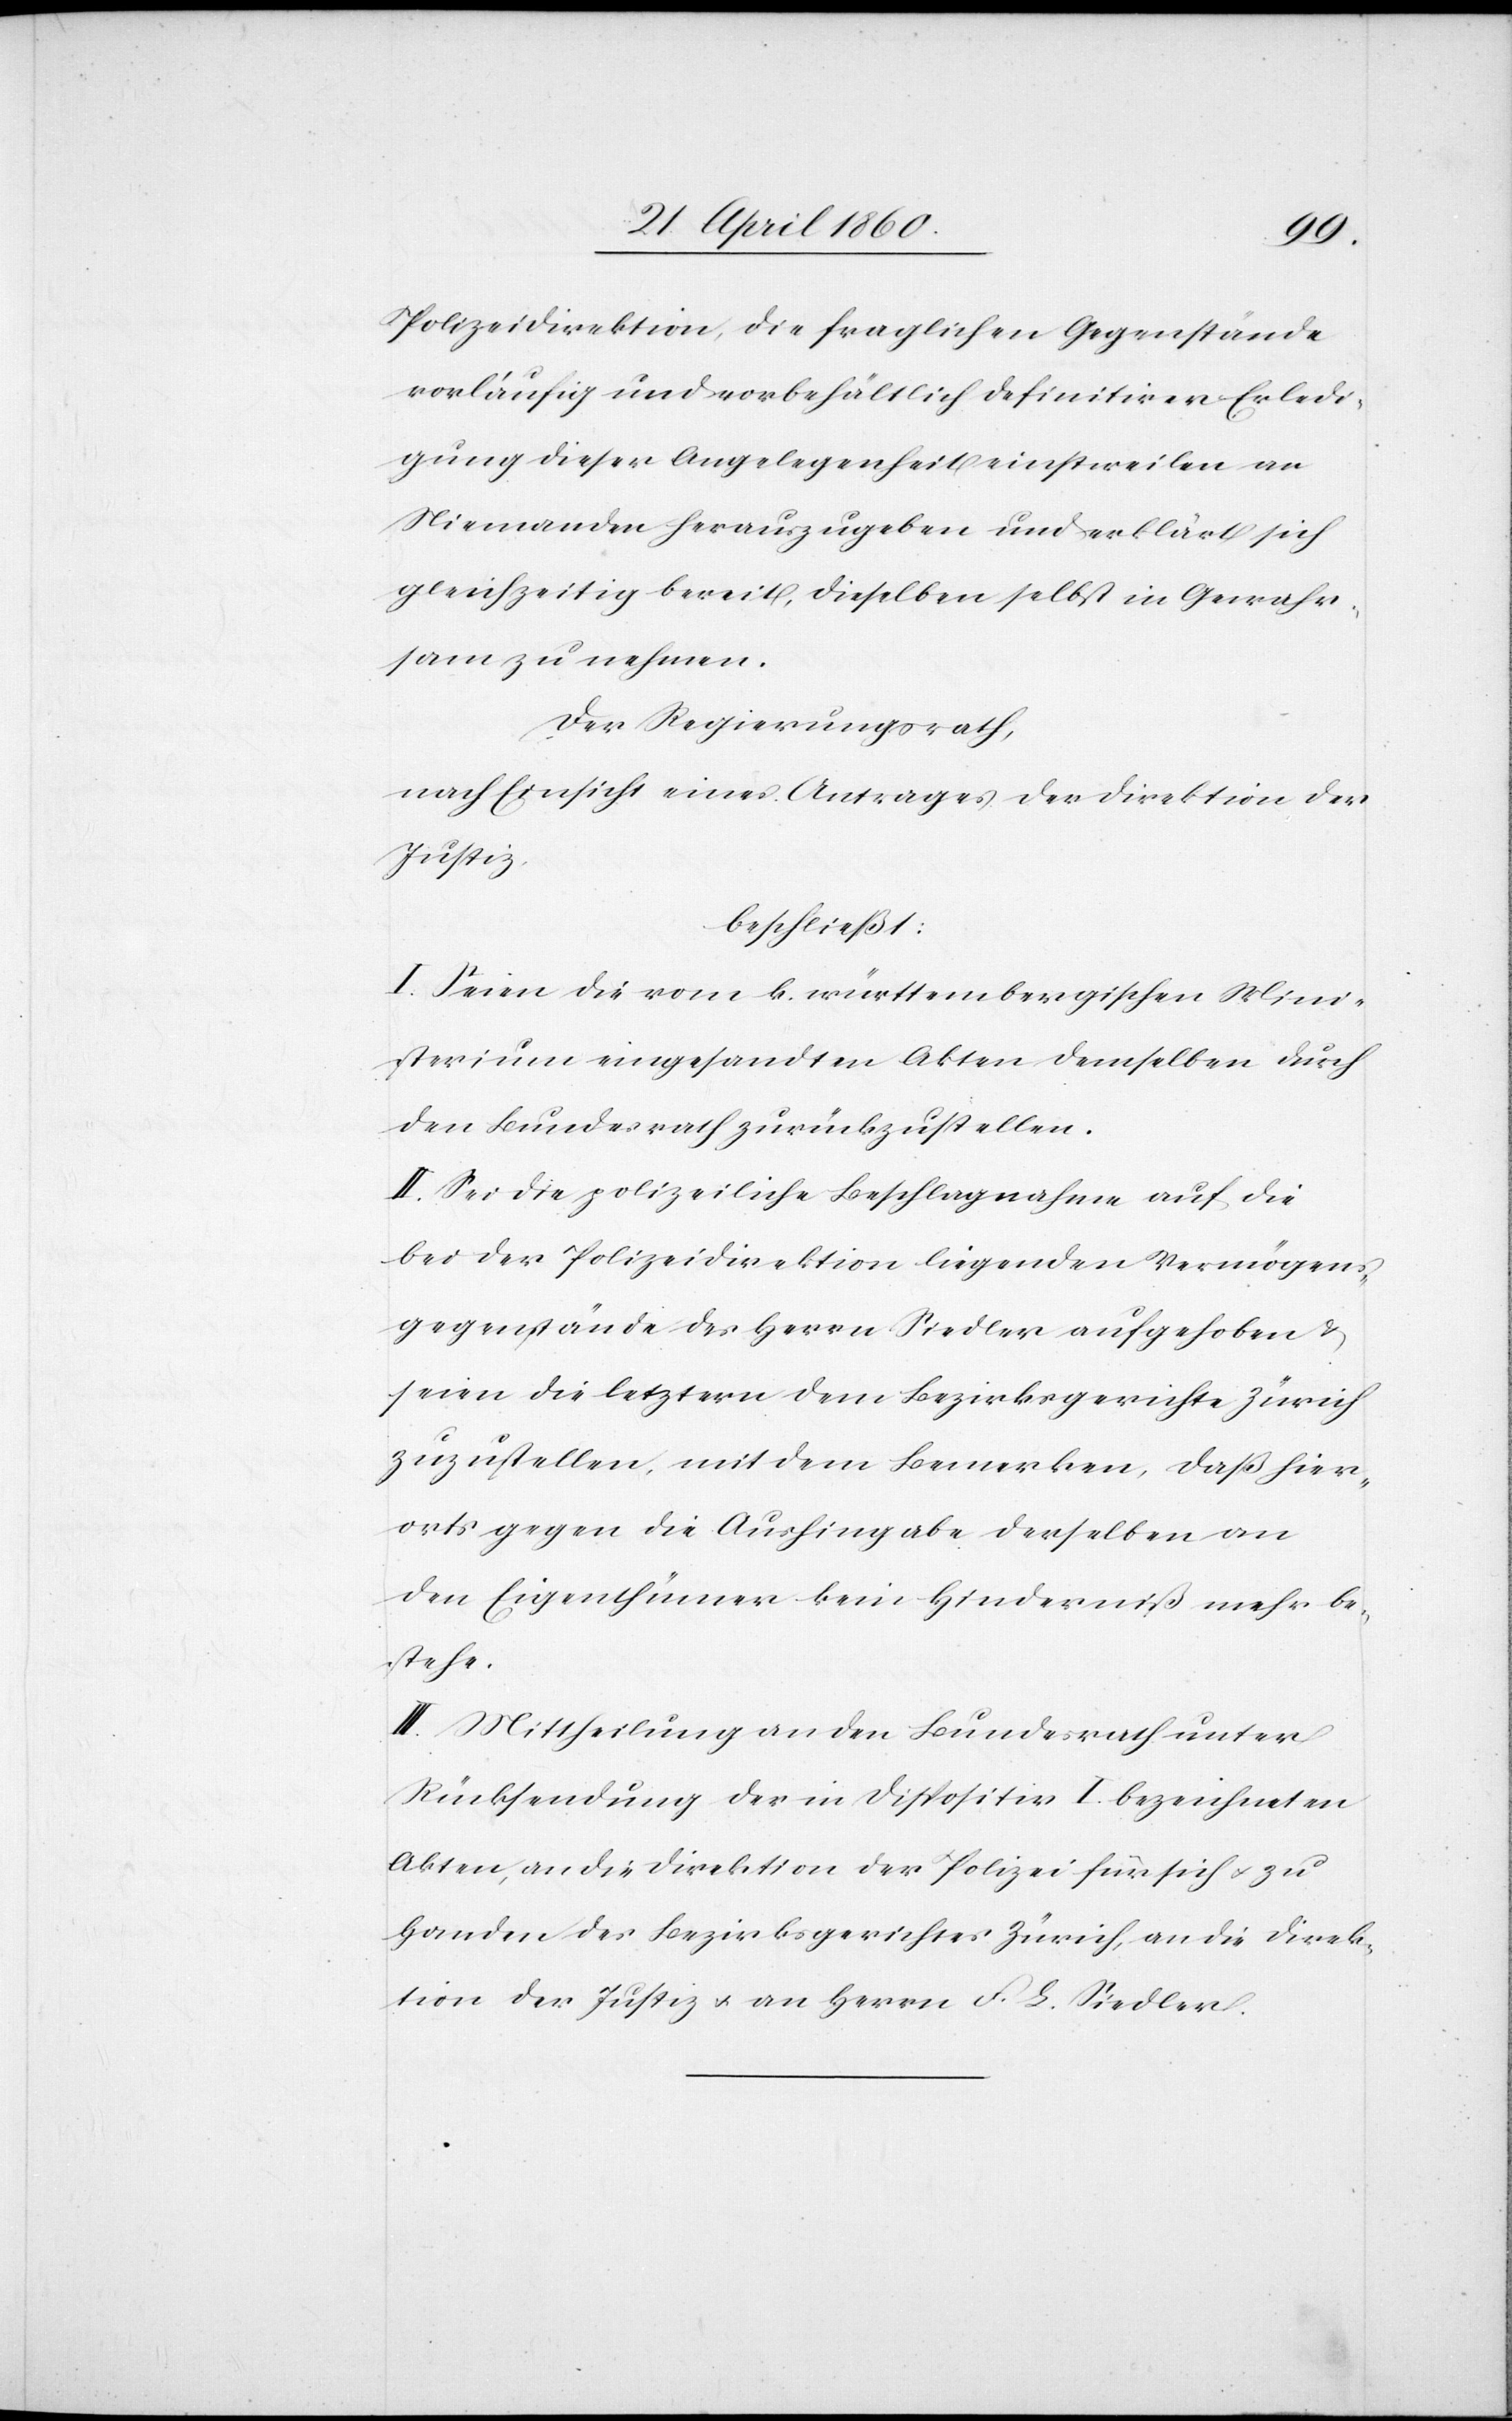
Polizeidirektion, die fraglichen Gegenstände
vorläufig und vorbehältlich definitiver Erledi¬
gung dieser Angelegenheit einstweilen an
Niemanden herauszugeben und erklärt sich
gleichzeitig bereit, dieselben selbst in Gewahr¬
sam zu nehmen.
Der Regierungsrath,
nach Einsicht eines Antrages der Direktion der
Justiz,
beschließt:
I. Seien die vom k. württembergischen Mini¬
sterium eingesandten Akten demselben durch
den Bundesrath zurückzustellen.
II. Sei die polizeiliche Beschlagnahme auf die
bei der Polizeidirektion liegenden Vermögens¬
gegenstände des Herrn Siedler aufgehoben u.
seien die letztern dem Bezirksgerichte Zürich
zuzustellen, mit dem Bemerken, dass hier¬
orts gegen die Aushingabe derselben an
den Eigenthümer kein Hinderniß mehr be¬
stehe.
III. Mittheilung an den Bundesrath unter
Rücksendung der in Dispositiv I. bezeichneten
Akten, an die Direktion der Polizei für sich u. zu
Handen des Bezirksgerichtes Zürich, an die Direk¬
tion der Justiz u. an Herrn F. L. Siedler.